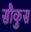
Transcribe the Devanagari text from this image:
सौकुस